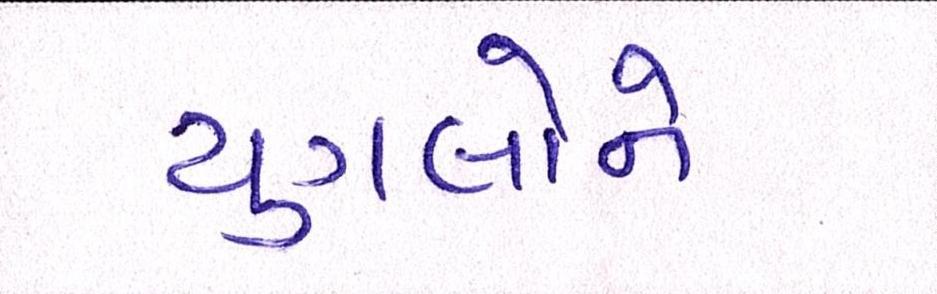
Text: યુગલોને